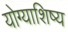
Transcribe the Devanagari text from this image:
योग्याशिष्य